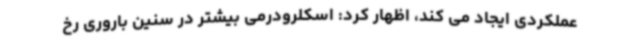
عملکردی ایجاد می کند، اظهار کرد: اسکلرودرمی بیشتر در سنین باروری رخ